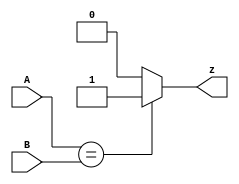
module twobit( input [1:0] A, input [1:0] B, output z ); 
always @ (*)
        begin
            if(A == B)
                z = 1;
            else 
                z = 0;      //注意需要else，不仅为符合题意，且需要消除latch。
        end

endmodule